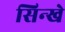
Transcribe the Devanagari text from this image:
सिन्खे